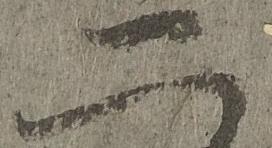
二